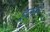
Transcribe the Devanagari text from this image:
इलार